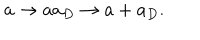
a \rightarrow a a _ { D } \rightarrow a + a _ { D } .